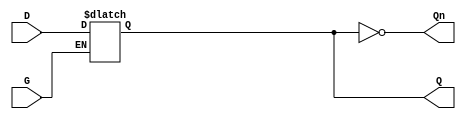
module gated_latch (
    input wire D,      // Data input
    input wire G,      // Enable (gate) signal
    output reg Q,      // Output
    output wire Qn     // Complement of output Q
);

// Assigning the complement of Q
assign Qn = ~Q;

// Gated latch behavior
always @(*) begin
    if (G) begin
        // If G (enable) is high, Q follows D
        Q = D;
    end
    // When G is low, Q holds the previous value
end

endmodule